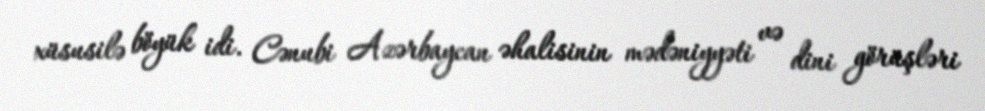
xüsusilə böyük idi. Cənubi Azərbaycan əhalisinin mədəniyyəti və dini görüşləri